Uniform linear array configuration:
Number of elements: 64
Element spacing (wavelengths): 0.75
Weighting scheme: cosine
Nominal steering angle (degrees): -45
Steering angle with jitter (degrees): -45.641
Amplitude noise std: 0.05
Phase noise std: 0.05

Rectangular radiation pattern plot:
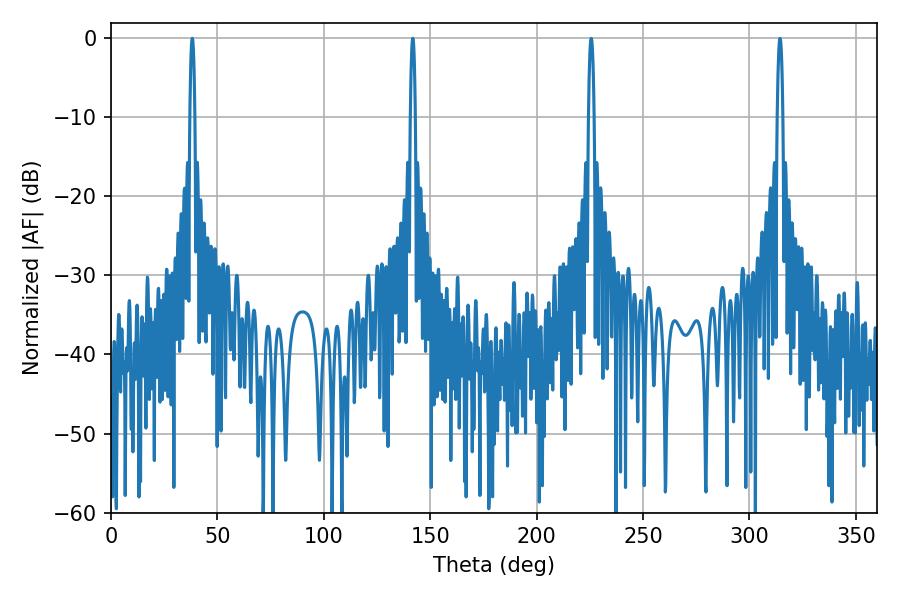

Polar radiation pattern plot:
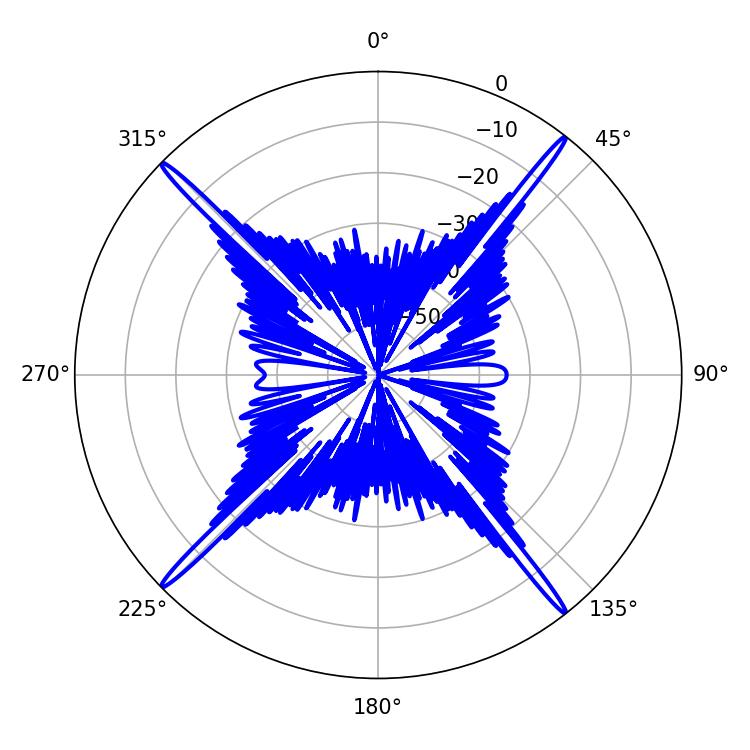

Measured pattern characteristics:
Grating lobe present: TRUE
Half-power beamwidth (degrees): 1.26
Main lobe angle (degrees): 38.16